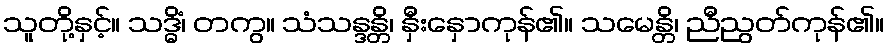
သူတို့နှင့်။ သဒ္ဓိံ၊ တကွ။ သံသန္ဒန္တိ၊ နှီးနှောကုန်၏။ သမေန္တိ၊ ညီညွတ်ကုန်၏။